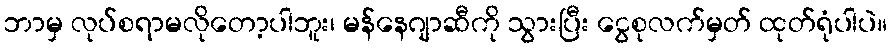
ဘာမှ လုပ်စရာမလိုတော့ပါဘူး၊ မန်နေဂျာဆီကို သွားပြီး ငွေစုလက်မှတ် ထုတ်ရုံပါပဲ။